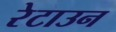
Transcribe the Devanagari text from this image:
रेटाउन